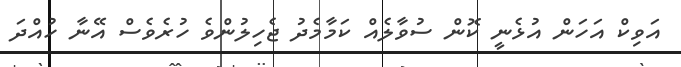
އަވިކް އަހަން އުޅެނީ ކޮން ސުވާލެއް ކަމާމެދު ޖެހިލުންވެ ހުރެވެސް އޭނާ ހުއްދަ